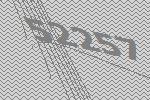
52257